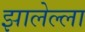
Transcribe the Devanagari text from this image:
झालेल्ला